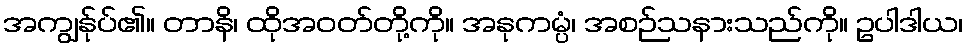
အကျွန်ုပ်၏။ တာနိ၊ ထိုအဝတ်တို့ကို။ အနုကမ္ပံ၊ အစဉ်သနားသည်ကို။ ဥပါဒါယ၊